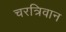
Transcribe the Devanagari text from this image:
चरत्रिवान